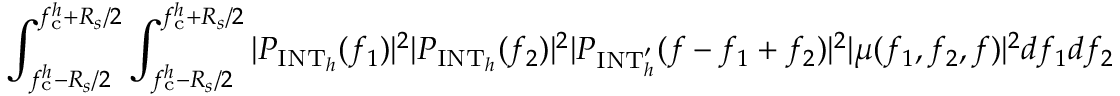
\int _ { f _ { \mathrm { c } } ^ { h } - R _ { s } / 2 } ^ { f _ { \mathrm { c } } ^ { h } + R _ { s } / 2 } \int _ { f _ { \mathrm { c } } ^ { h } - R _ { s } / 2 } ^ { f _ { \mathrm { c } } ^ { h } + R _ { s } / 2 } | P _ { \mathrm { I N T } _ { h } } ( f _ { 1 } ) | ^ { 2 } | P _ { \mathrm { I N T } _ { h } } ( f _ { 2 } ) | ^ { 2 } | P _ { \mathrm { I N T } _ { h } ^ { \prime } } ( f - f _ { 1 } + f _ { 2 } ) | ^ { 2 } | \mu ( f _ { 1 } , f _ { 2 } , f ) | ^ { 2 } d f _ { 1 } d f _ { 2 }